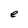
Character: e